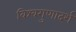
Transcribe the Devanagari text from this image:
विश्वगुणादर्श